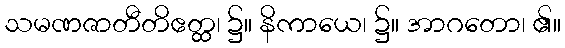
သမဏဇာတီတိဧတ္ထ၊ ၌။ နိကာယေ၊ ၌။ အာဂတော၊ ၏။